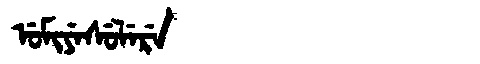
Manchu: ᡠᠮᡳᠶᡝᠰᡠᠯᡝᡵᡝ
Romanization: UMIYESULERE